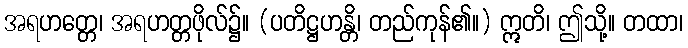
အရဟတ္တေ၊ အရဟတ္တဖိုလ်၌။ (ပတိဋ္ဌဟန္တိ၊ တည်ကုန်၏။) ဣတိ၊ ဤသို့။ တထာ၊